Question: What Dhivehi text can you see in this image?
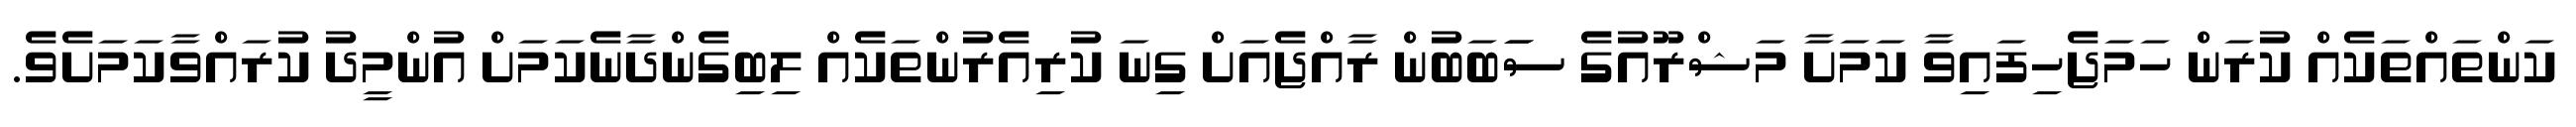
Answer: ކަންތައްތަކެއް ކުރަން ހަމަޖެހިފައިވާ ކަމަށާ މަޝްރޫއުގެ ސަަބަބުން ރާއްޖެއަށް ގިނަ ކުރިއެރުންތަކެއް ލިބިގެންދާނެކަމަށް އުންމީދު ކުރައްވާކަމަށެވެ.